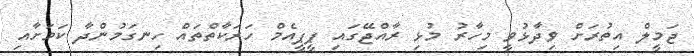
ޖަމީލް އިތުރަށް ވިދާޅުވީ މިހާރު މުޅި ރާއްޖޭގައި ޕީޕީއެމް ހަރަކާތްތައް ހިނގަމުންދާ ކަމަށާއި